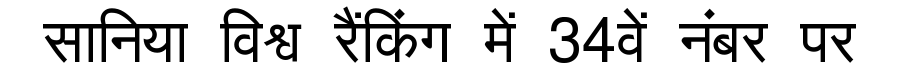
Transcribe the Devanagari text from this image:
सानिया विश्व रैंकिंग में 34वें नंबर पर